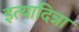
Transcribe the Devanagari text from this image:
इत्यादिन्ना